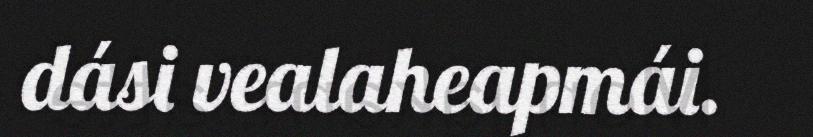
dási vealaheapmái.